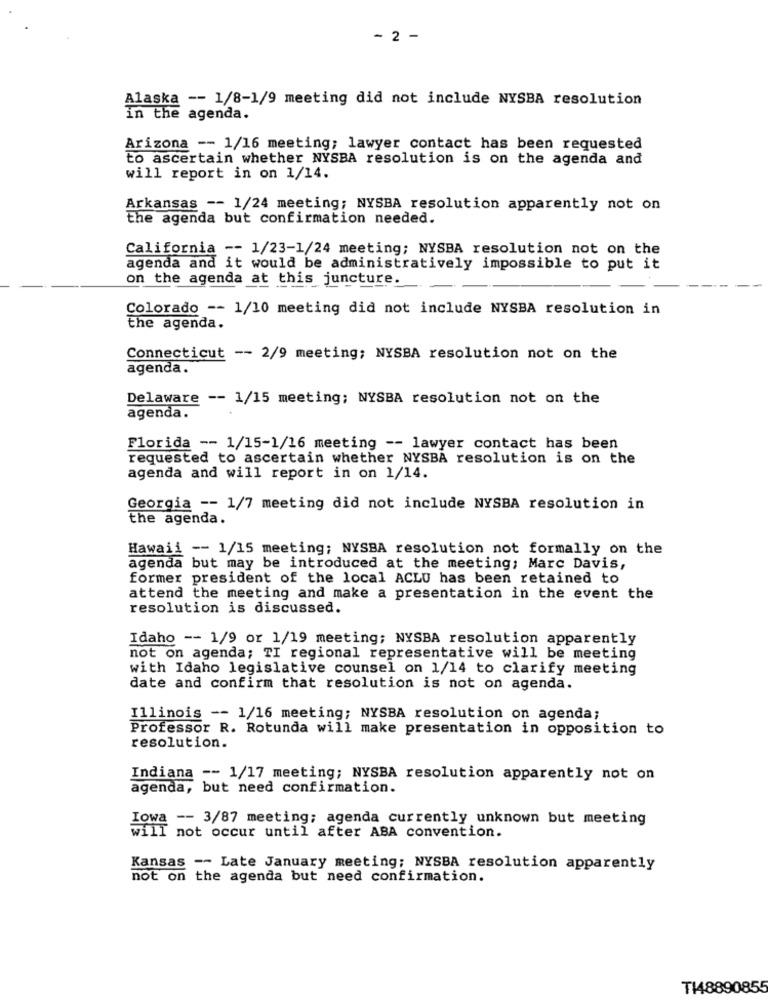
- 2 -
Alaska -- 1/8-1/9 meeting did not include NYSBA resolution
in the agenda.
Arizona -- 1/16 meeting; lawyer contact has been requested
to ascertain whether NYSBA resolution is on the agenda and
will report in on 1/14.
Arkansas -- 1/24 meeting; NYSBA resolution apparently not on
the agenda but confirmation needed.
California -- 1/23-1/24 meeting; NYSBA resolution not on the
agenda and it would be administratively impossible to put it
on the agenda at this juncture.
Colorado -- 1/10 meeting did not include NYSBA resolution in
the agenda.
Connecticut -- 2/9 meeting; NYSBA resolution not on the
agenda.
Delaware -- 1/15 meeting; NYSBA resolution not on the
agenda.
Florida -- 1/15-1/16 meeting -- lawyer contact has been
requested to ascertain whether NYSBA resolution is on the
agenda and will report in on 1/14.
Georgia -- 1/7 meeting did not include NYSBA resolution in
the agenda.
Hawaii -- 1/15 meeting; NYSBA resolution not formally on the
agenda but may be introduced at the meeting; Marc Davis,
former president of the local ACLU has been retained to
attend the meeting and make a presentation in the event the
resolution is discussed.
Idaho -- 1/9 or 1/19 meeting; NYSBA resolution apparently
not on agenda; TI regional representative will be meeting
with Idaho legislative counsel on 1/14 to clarify meeting
date and confirm that resolution is not on agenda.
Illinois -- 1/16 meeting; NYSBA resolution on agenda;
Professor R. Rotunda will make presentation in opposition to
resolution.
Indiana -- 1/17 meeting; NYSBA resolution apparently not on
agenda, but need confirmation.
Iowa -- 3/87 meeting; agenda currently unknown but meeting
will not occur until after ABA convention.
Kansas -- Late January meeting; NYSBA resolution apparently
not on the agenda but need confirmation.
T148890855